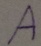
Text: A